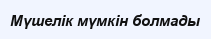
Мүшелік мүмкін болмады